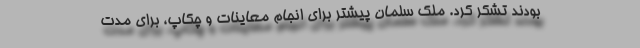
بودند تشکر کرد. ملک سلمان پیشتر برای انجام معاینات و چکاپ، برای مدت